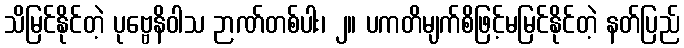
သိမြင်နိုင်တဲ့ ပုဗ္ဗေနိဝါသ ဉာဏ်တစ်ပါး၊ ၂။ ပကတိမျက်စိဖြင့်မမြင်နိုင်တဲ့ နတ်ပြည်